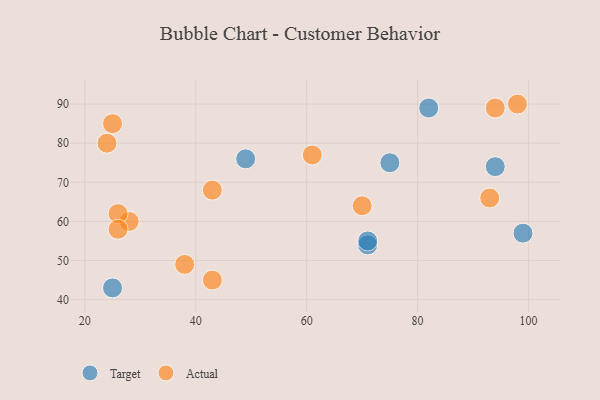
{"axis": {"x": "GDP", "y": "Life Expectancy"}, "legend": ["Actual", "Target"], "data": [{"x": "82", "y": 89, "type": "Target"}, {"x": "49", "y": 76, "type": "Target"}, {"x": "25", "y": 43, "type": "Target"}, {"x": "99", "y": 57, "type": "Target"}, {"x": "71", "y": 54, "type": "Target"}, {"x": "94", "y": 74, "type": "Target"}, {"x": "75", "y": 75, "type": "Target"}, {"x": "71", "y": 55, "type": "Target"}, {"x": "28", "y": 60, "type": "Actual"}, {"x": "98", "y": 90, "type": "Actual"}, {"x": "70", "y": 64, "type": "Actual"}, {"x": "61", "y": 77, "type": "Actual"}, {"x": "43", "y": 45, "type": "Actual"}, {"x": "94", "y": 89, "type": "Actual"}, {"x": "26", "y": 62, "type": "Actual"}, {"x": "38", "y": 49, "type": "Actual"}, {"x": "43", "y": 68, "type": "Actual"}, {"x": "93", "y": 66, "type": "Actual"}, {"x": "24", "y": 80, "type": "Actual"}, {"x": "26", "y": 58, "type": "Actual"}, {"x": "25", "y": 85, "type": "Actual"}]}